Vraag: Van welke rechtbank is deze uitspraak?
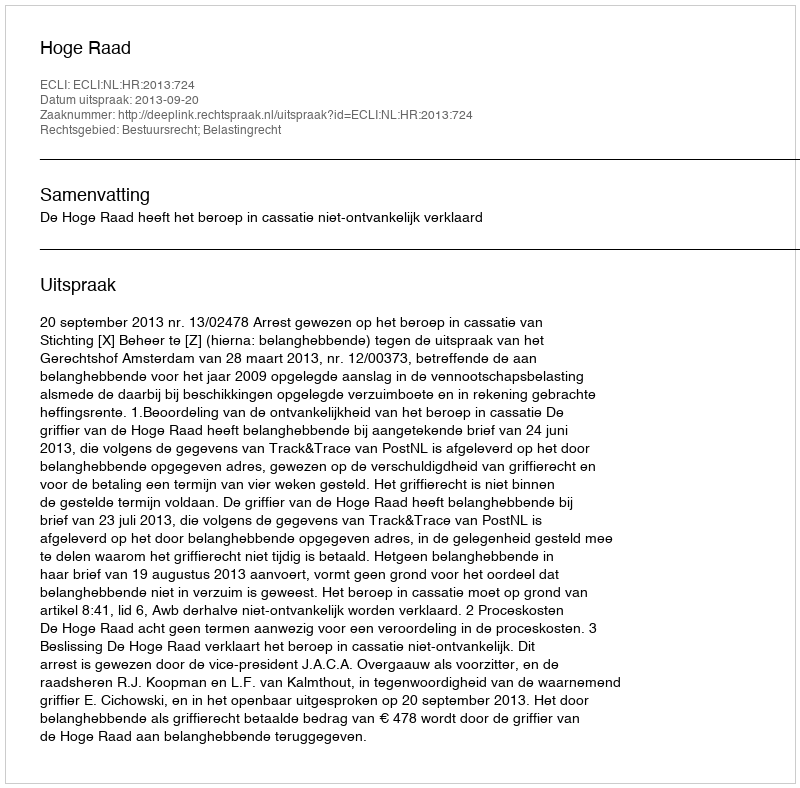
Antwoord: Hoge Raad